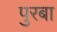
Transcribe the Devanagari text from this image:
पुरबा